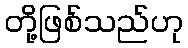
တို့ဖြစ်သည်ဟု